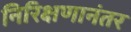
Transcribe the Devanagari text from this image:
निरिक्षणानंतर